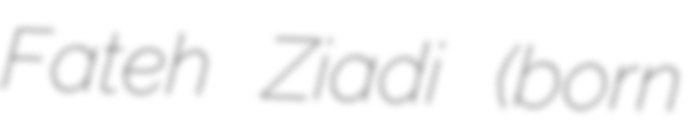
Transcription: Fateh Ziadi (born